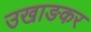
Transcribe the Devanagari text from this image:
उखाङकर